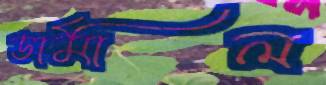
ডার্মাল